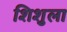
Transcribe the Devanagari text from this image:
शिशुला